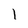
Character: 1